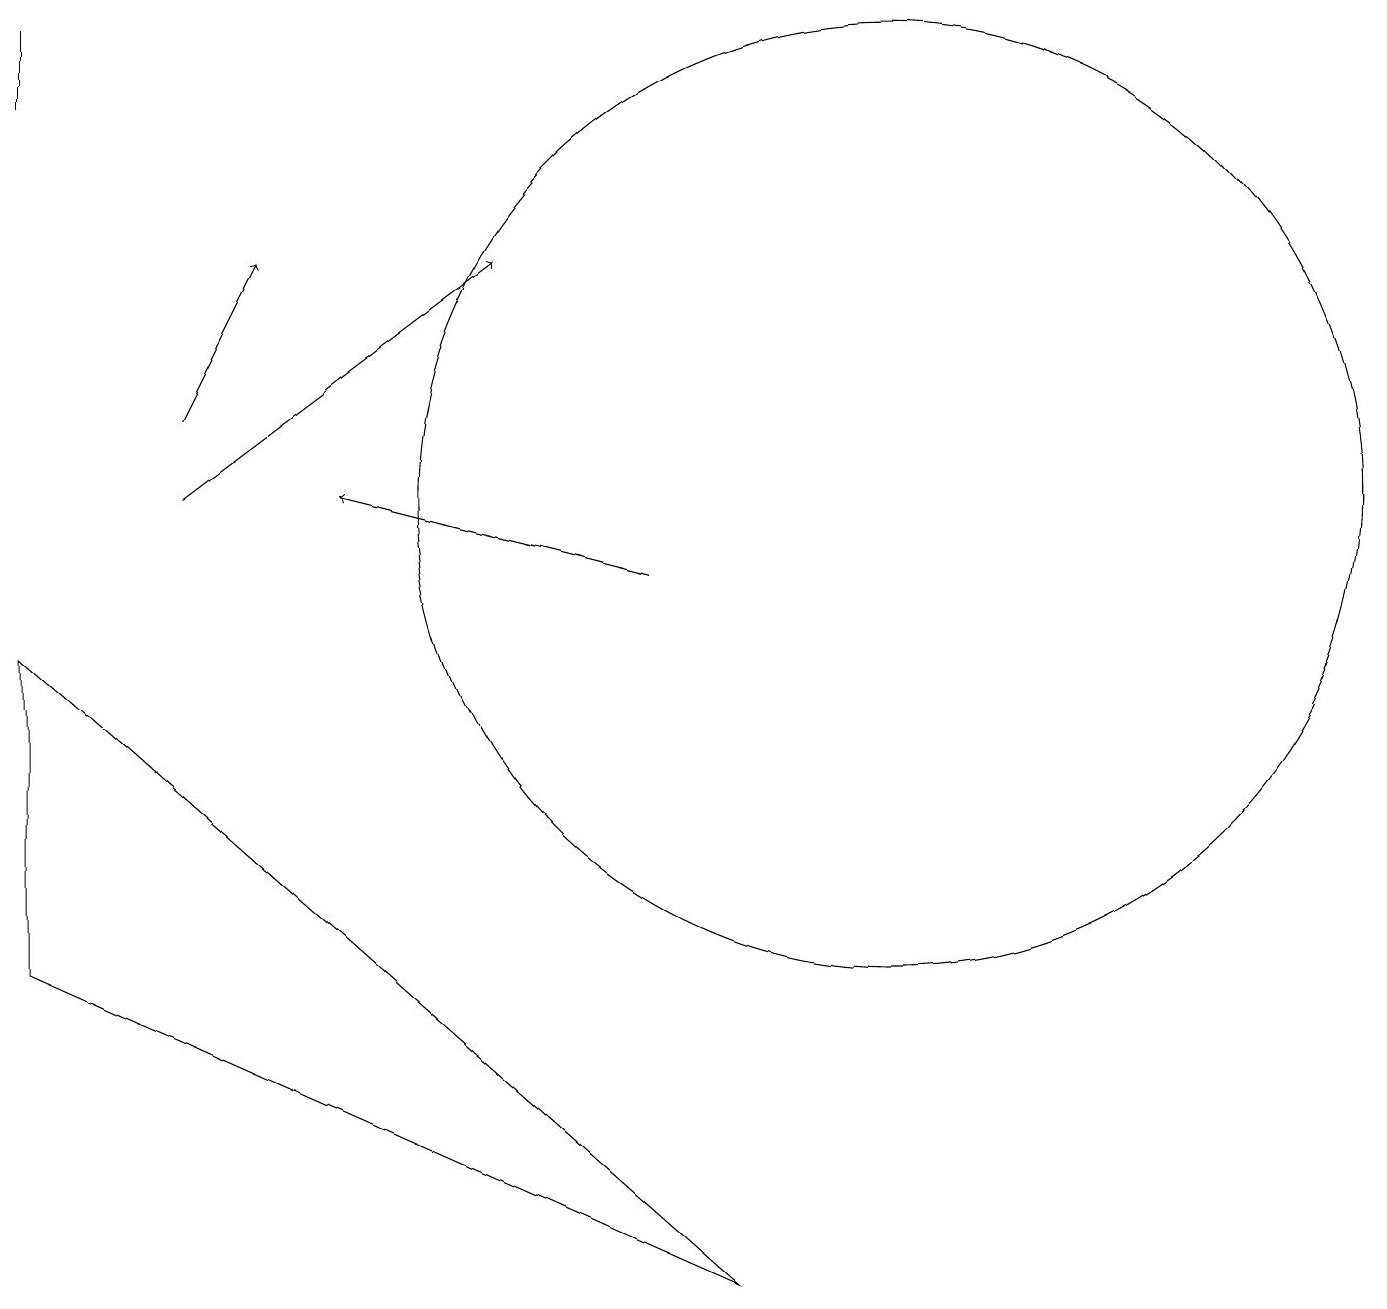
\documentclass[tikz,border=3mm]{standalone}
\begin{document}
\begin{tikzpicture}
\draw[->] (2,12) -- (3,14);
\draw (11,11) circle (6);
\draw[->] (8,10) -- (4,11);
\draw[->] (2,11) -- (6,14);
\draw (0,17) rectangle (0,16);
\draw (0,5) -- (0,9) -- (9,1) -- cycle;
\draw (12,10) circle (0);
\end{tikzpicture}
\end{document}